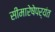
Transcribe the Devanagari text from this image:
सीमारेषेपर्यंत